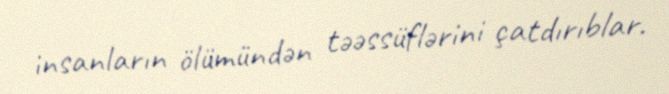
insanların ölümündən təəssüflərini çatdırıblar.